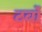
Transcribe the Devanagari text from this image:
टर्बों